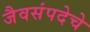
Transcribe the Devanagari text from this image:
जैवसंपदेचे